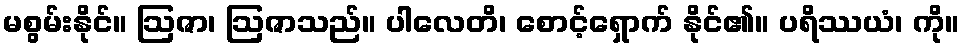
မစွမ်းနိုင်။ ဩဇာ၊ ဩဇာသည်။ ပါလေတိ၊ စောင့်ရှောက် နိုင်၏။ ပရိဿယံ၊ ကို။